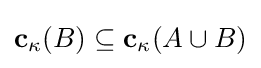
\mathbf {c} _{\kappa }(B)\subseteq \mathbf {c} _{\kappa }(A\cup B)